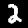
Label: 2